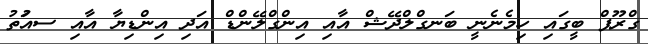
ގްރޫޕް ބީގައި ހިމެނެނީ ބަނގްލްދޭޝް އާއި އިންގްލޭންޑް އަދި އިންޑިޔާ އާއި ސއަުތު